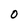
Character: O